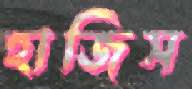
হাজিস